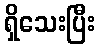
ရှိသေးပြီး